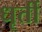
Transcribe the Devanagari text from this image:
धृर्ती